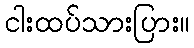
ငါးထပ်သားပြား။